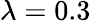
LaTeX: \lambda=0.3